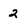
Character: 2